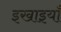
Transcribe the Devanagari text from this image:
इखाइयाँ